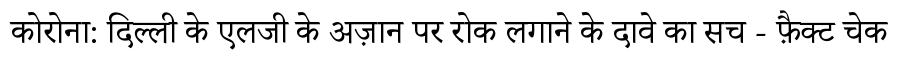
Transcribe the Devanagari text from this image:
कोरोना: दिल्ली के एलजी के अज़ान पर रोक लगाने के दावे का सच - फ़ैक्ट चेक